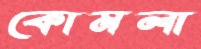
কোমলা